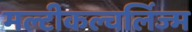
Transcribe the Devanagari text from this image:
मल्टीकल्चर्लिज्म